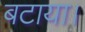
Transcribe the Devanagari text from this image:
बटाया।